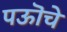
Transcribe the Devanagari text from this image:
पऊॊचे